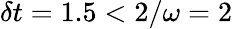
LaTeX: \delta t=1.5<2/\omega=2